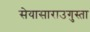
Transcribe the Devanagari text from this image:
सेयासाराउगुस्ता